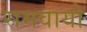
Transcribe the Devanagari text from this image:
समवायो